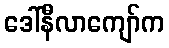
ဒေါ်နီလာကျော်က